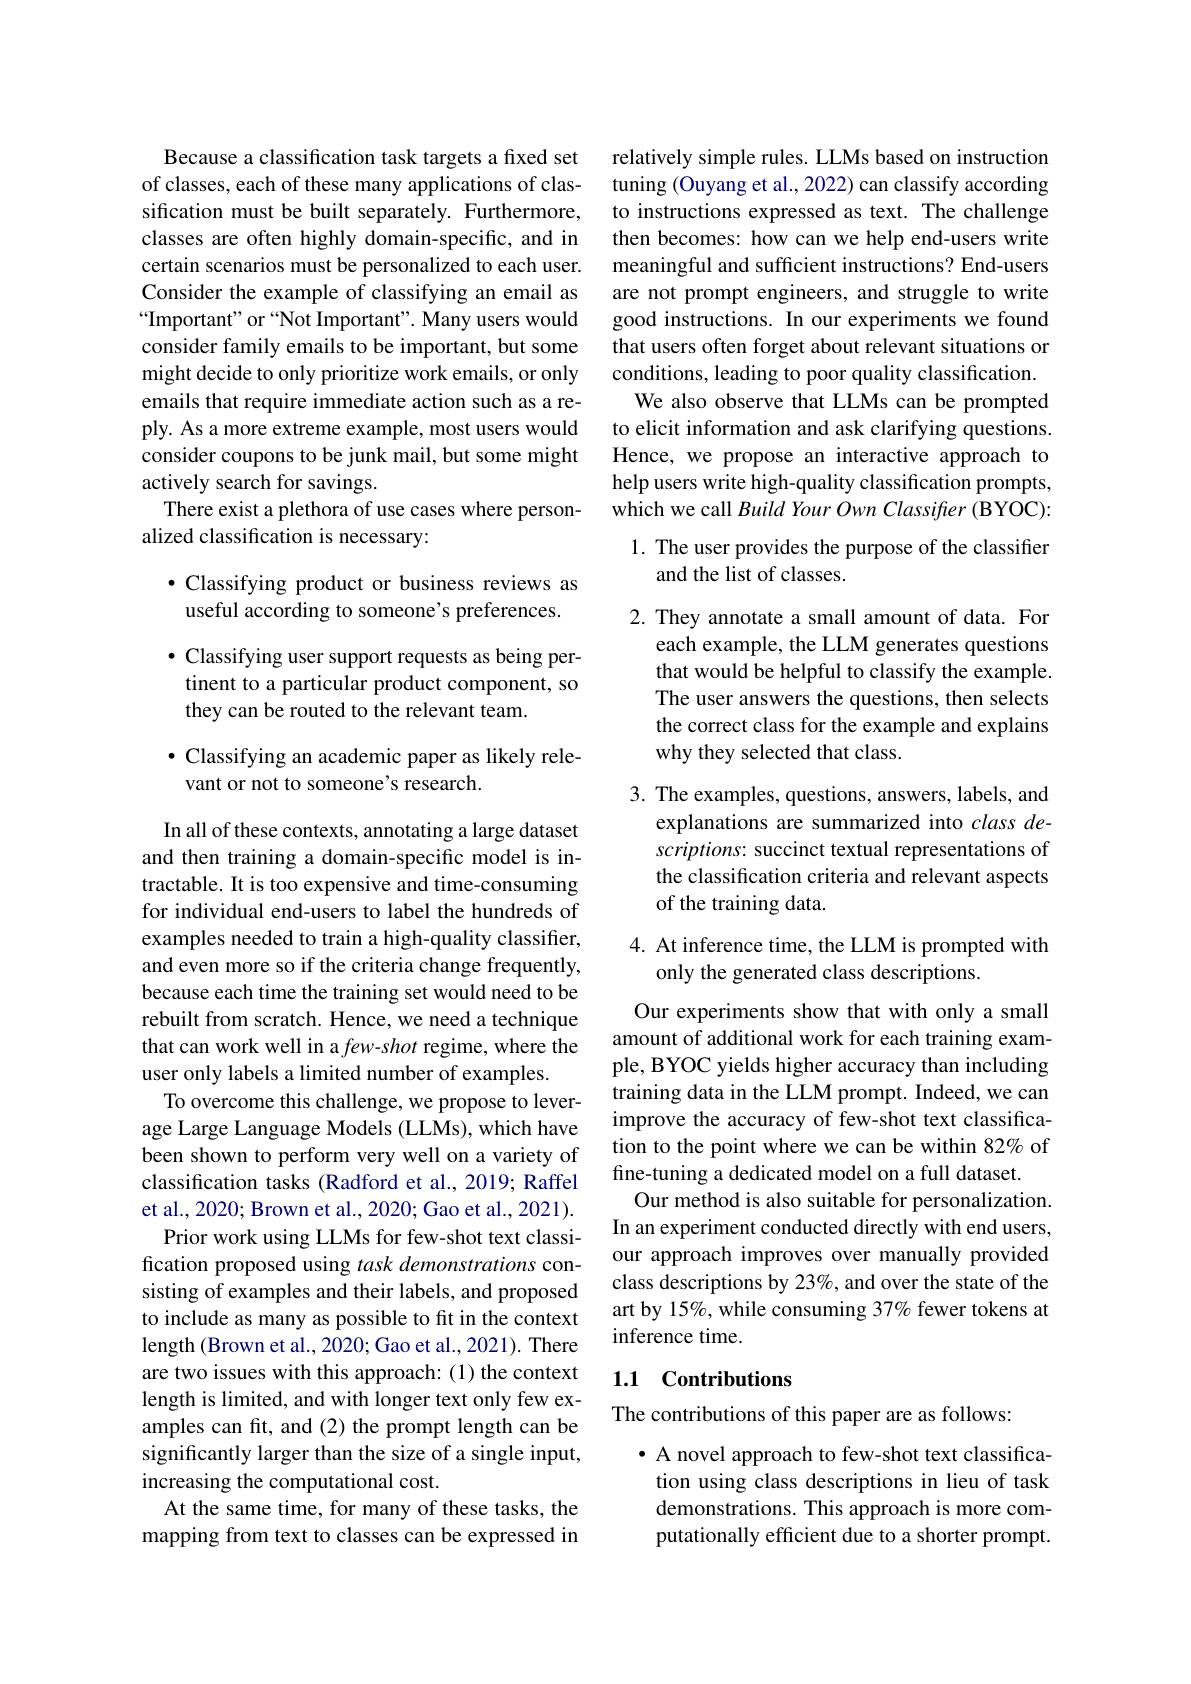
Because a classification task targets a fixed set of classes, each of these many applications of classification must be built separately. Furthermore, classes are often highly domain-specific, and in certain scenarios must be personalized to each user. Consider the example of classifying an email as “Important" or “Not Important”. Many users would consider family emails to be important, but some might decide to only prioritize work emails, or only emails that require immediate action such as a reply. As a more extreme example, most users would consider coupons to be junk mail, but some might actively search for savings.
There exist a plethora of use cases where person-
alized classification is necessary:

# $\bullet$ Classifying product or business reviews as useful according to someone's preferences.

$\bullet$ Classifying user support requests as being pertinent to a particular product component, so they can be routed to the relevant team.

$\bullet$ Classifying an academic paper as likely rele-
vant or not to someone's research.

In all of these contexts, annotating a large dataset and then training a domain-specific model is intractable. It is too expensive and time-consuming for individual end-users to label the hundreds of examples needed to train a high-quality classifier, and even more so if the criteria change frequently, because each time the training set would need to be rebuilt from scratch. Hence, we need a technique that can work well in a few-shot regime, where the user only labels a limited number of examples.
To overcome this challenge, we propose to leverage Large Language Models (LLMs), which have been shown to perform very well on a variety of classification tasks (Radford et al., 2019; Raffel et al., 2020; Brown et al., 2020; Gao et al., 2021).
Prior work using LLMs for few-shot text classification proposed using task demonstrations consisting of examples and their labels, and proposed to include as many as possible to fit in the context length (Brown et al., 2020; Gao et al., 2021). There are two issues with this approach: (1) the context length is limited, and with longer text only few examples can fit, and (2) the prompt length can be significantly larger than the size of a single input, increasing the computational cost.
At the same time, for many of these tasks, the mapping from text to classes can be expressed in

relatively simple rules. LLMs based on instruction tuning (Ouyang et al., 2022) can classify according to instructions expressed as text. The challenge then becomes: how can we help end-users write meaningful and sufficient instructions? End-users are not prompt engineers, and struggle to write good instructions. In our experiments we found that users often forget about relevant situations or conditions, leading to poor quality classification.
We also observe that LLMs can be prompted to elicit information and ask clarifying questions. Hence, we propose an interactive approach to help users write high-quality classification prompts, which we call Build Your Own Classifter (BYOC): 1. The user provides the purpose of the classifier
and the list of classes.

2. They annotate a small amount of data. For
each example, the LLM generates questions that would be helpful to classify the example. The user answers the questions, then selects the correct class for the example and explains why they selected that class.

3. The examples, questions, answers, labels, and
explanations are summarized into class descriptions: succinct textual representations of the classification criteria and relevant aspects of the training data.

4. At inference time, the LLM is prompted with
only the generated class descriptions.

Our experiments show that with only a small amount of additional work for each training example, BYOC yields higher accuracy than including training data in the LLM prompt. Indeed, we can improve the accuracy of few-shot text classification to the point where we can be within 82% of fine-tuning a dedicated model on a full dataset.
Our method is also suitable for personalization. In an experiment conducted directly with end users, our approach improves over manually provided class descriptions by 23%, and over the state of the art by 15%, while consuming 37% fewer tokens at inference time.

## 1.1 Contributions

The contributions of this paper are as follows:

$\bullet$ A novel approach to few-shot text classification using class descriptions in lieu of task demonstrations. This approach is more computationally efficient due to a shorter prompt.